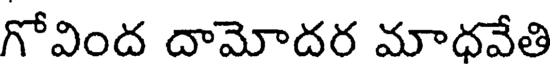
గోవింద దామోదర మాధవేతి